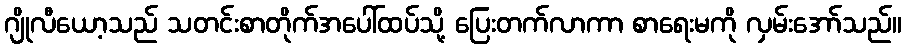
ဂျိုလီယော့သည် သတင်းစာတိုက်အပေါ်ထပ်သို့ ပြေးတက်လာကာ စာရေးမကို လှမ်းအော်သည်။